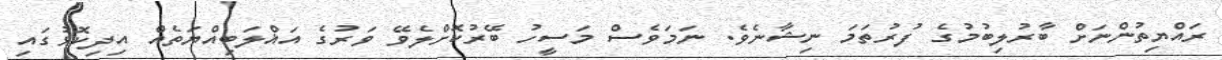
ރައްޔިތުންނަށް ބާރުލިބުމުގެ ފުރުތަމަ ނިޝާނެވެ. ނަމަވެސް މަސީހު ބޭރުކޮށްލެވޭ ވަރުގެ އަޣްލަބިއްޔަތެއް އިދިކޮޅުގައި